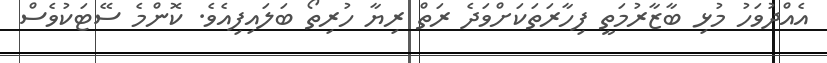
އެއްދުވަހު މުޅި ބާޒާރުމަތީ ފިހާރަތަކަށްވަދެ ރަތް ރިޔާ ހުރިތޯ ބަލައިފިއެވެ. ކޮންމެ ސޭޓަކުވެސް